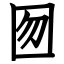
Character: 囫